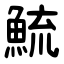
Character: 鯍